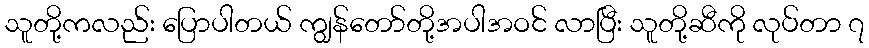
သူတို့ကလည်း ပြောပါတယ် ကျွန်တော်တို့အပါအဝင် လာပြီး သူတို့ဆီကို လုပ်တာ ၇